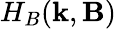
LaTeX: H_{B}(\textbf{k},\textbf{B})